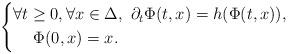
LaTeX: \begin{align*} \left\{ \begin{aligned} \forall t\geq 0, \forall x\in \Delta &, \ \partial_t \Phi(t,x) = h(\Phi(t,x)), \\ \ \Phi(0,x)=x. \end{aligned} \right.\end{align*}